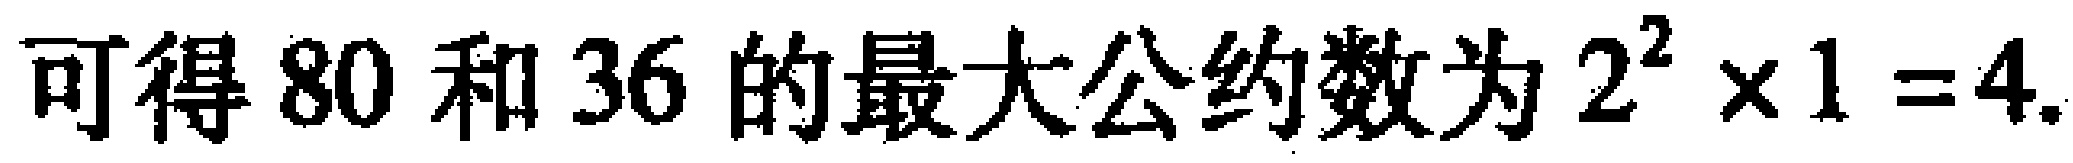
可得 \(80\) 和 \(36\) 的最大公约数为 \(2^{2} \times 1 = 4\).